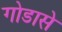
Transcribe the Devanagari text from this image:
गोडासे